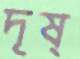
দৃষ্